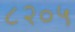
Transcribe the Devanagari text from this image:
८२०५